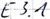
Text: E3.1